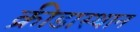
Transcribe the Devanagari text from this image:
क्रीडास्थान